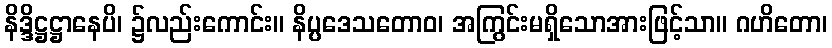
နိဒ္ဒိဋ္ဌဋ္ဌာနေပိ၊ ၌လည်းကောင်း။ နိပ္ပဒေသတောဝ၊ အကြွင်းမရှိသောအားဖြင့်သာ။ ဂဟိတော၊